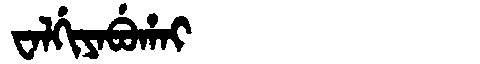
Manchu: ᠸᠠᠯᡤᡳᠶᠠᠪᡠᡥᠠᡳ
Romanization: WALGIYABUHAI